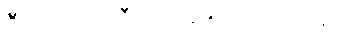
ဦးအောင်ကြီး က ဆက် ပြောသည်။